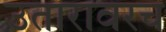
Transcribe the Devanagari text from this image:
उतारावरच